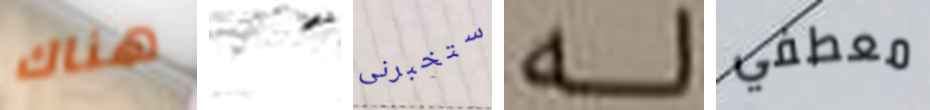
هناك هذه ستخبرنى له معطفي